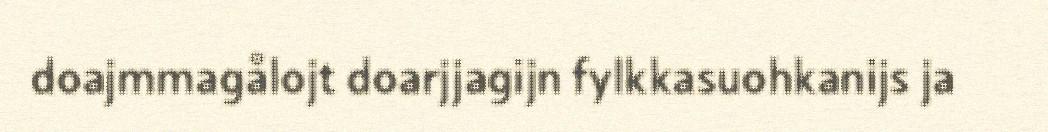
doajmmagålojt doarjjagijn fylkkasuohkanijs ja